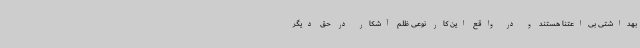
بهداشتی بی‌اعتنا هستند و در واقع این کار نوعی ظلم آشکار در حق دیگر